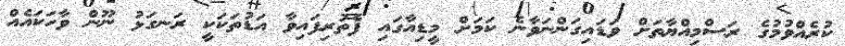
ކުރެއްވުމުގެ ރަސްމިއްޔާތަށް ވަޑައިގަންނަވާނެ ކަމަށް މީޑިއާގައި ފެތުރިފައިވާ އަޑުތަކަކީ ރަނގަޅު ނޫން ވާހަކައެއް